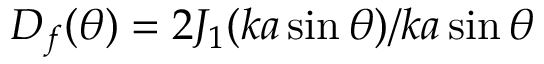
D _ { f } ( \theta ) = 2 J _ { 1 } ( k a \sin \theta ) / k a \sin \theta